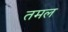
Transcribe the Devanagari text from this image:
तमल